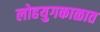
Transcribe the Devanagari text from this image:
लोहयुगकाळात